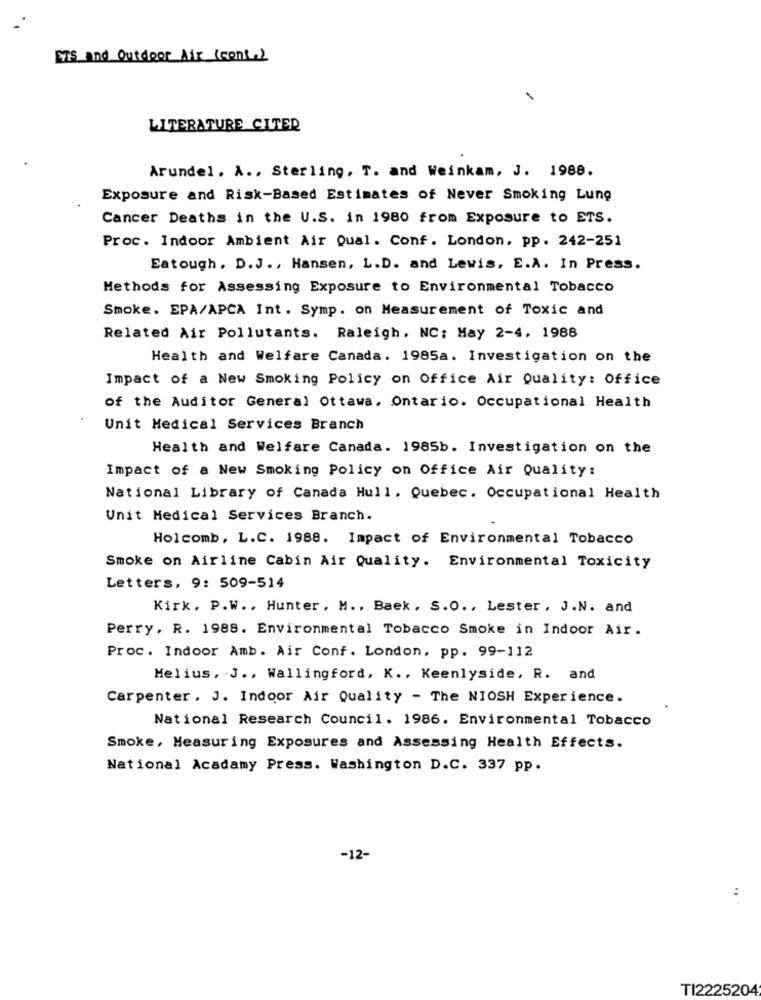
ETS and Outdoor Air (cont.)
LITERATURE CITER
Arundel. A ., Sterling, T. and Weinkam, J. 1988.
Exposure and Risk-Based Estimates of Never Smoking Lung
Cancer Deaths in the U.S. in 1980 from Exposure to ETS.
Proc. Indoor Ambient Air Qual. Conf. London, pp. 242-251
Eatough. D.J ., Hansen, L.D. and Lewis, E.A. In Press.
Methods for Assessing Exposure to Environmental Tobacco
Smoke. EPA/APCA Int. Symp. on Measurement of Toxic and
Related Air Pollutants. Raleigh, NC; May 2-4, 1988
Health and Welfare Canada. 1985a. Investigation on the
Impact of a New Smoking Policy on Office Air Quality: Office
of the Auditor General Ottawa, Ontario. Occupational Health
Unit Medical Services Branch
Health and Welfare Canada. 1985b. Investigation on the
Impact of a New Smoking Policy on Office Air Quality:
National Library of Canada Hull, Quebec. Occupational Health
Unit Medical Services Branch.
Holcomb, L.C. 1988. Impact of Environmental Tobacco
Smoke on Airline Cabin Air Quality. Environmental Toxicity
Letters, 9: 509-514
Kirk. P.W .. Hunter, M ., Baek , S.O ., Lester, J.N. and
Perry, R. 1988. Environmental Tobacco Smoke in Indoor Air.
Proc. Indoor Amb. Air Conf. London, pp. 99-112
Melius, J ., Wallingford, K ., Keenlyside, R. and
Carpenter. J. Indoor Air Quality - The NIOSH Experience.
National Research Council. 1986. Environmental Tobacco
Smoke, Measuring Exposures and Assessing Health Effects.
National Acadamy Press. Washington D.C. 337 pp.
-12-
:
TI2225204